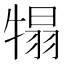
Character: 𤚺